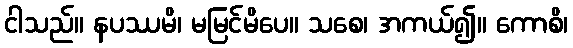
ငါသည်။ နပဿမိ၊ မမြင်မိပေ။ သစေ၊ အကယ်၍။ ကောစိ၊